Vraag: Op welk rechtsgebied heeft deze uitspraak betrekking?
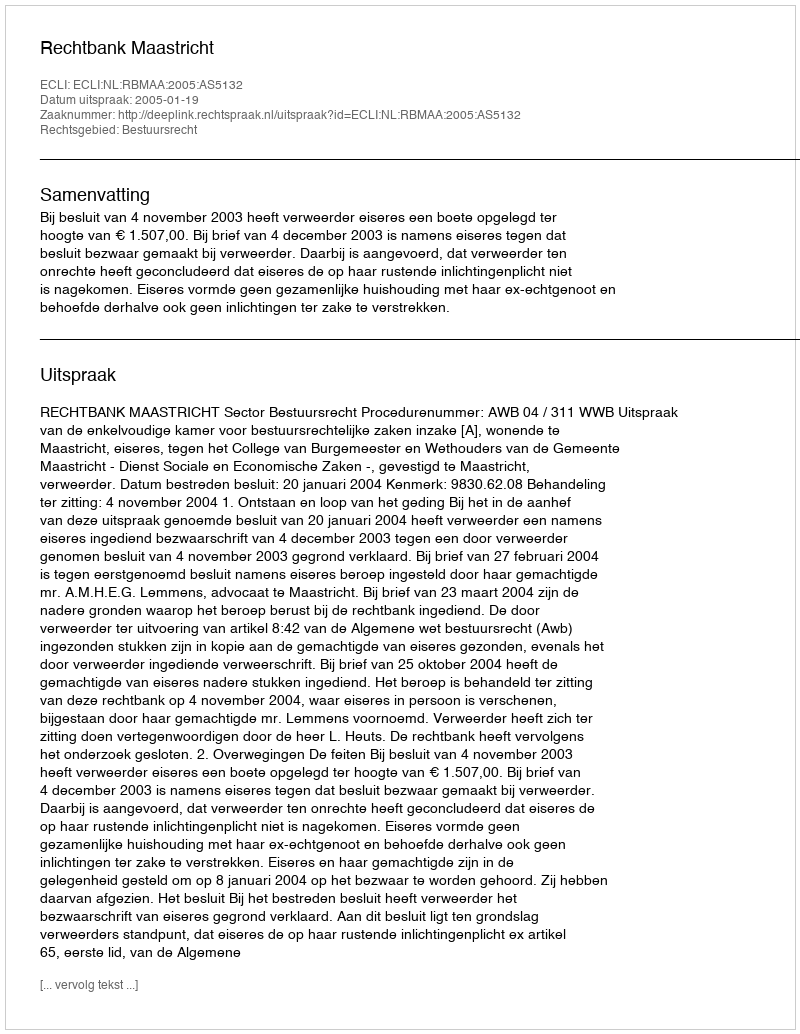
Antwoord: Bestuursrecht